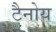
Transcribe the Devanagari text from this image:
टैनोय